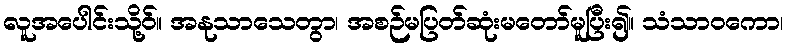
လူအပေါင်းသို့ဝ်။ အနုသာသေတွာ၊ အစဉ်မပြတ်ဆုံးမတော်မူပြီး၍။ သံသာဝကော၊